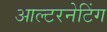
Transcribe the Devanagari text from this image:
आल्टरनेटिंग